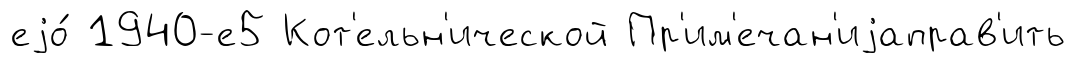
еjо́ 1940-е5 Кот'ельн'ической Пр'им'ечан'иjаправ'ить